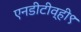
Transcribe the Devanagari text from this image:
एनडीटीव्ही९